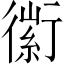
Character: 𧗼